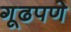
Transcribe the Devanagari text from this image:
गूढपणे